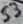
Text: S3